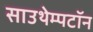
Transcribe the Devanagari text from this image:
साउथेम्पटॉन